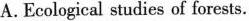
A.Ecological studies of forests.